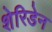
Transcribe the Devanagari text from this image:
शेरिडेन